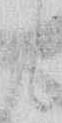
と